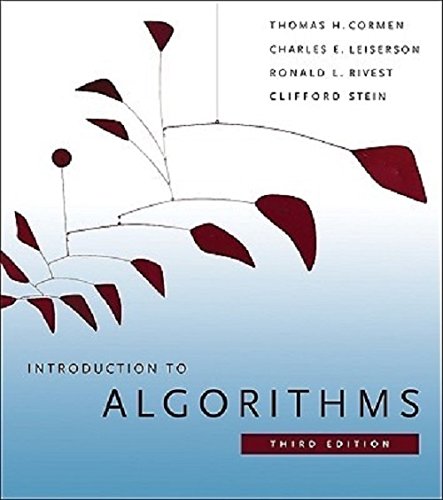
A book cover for Introduction to Algorithms; Cormen; Computers & Technology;